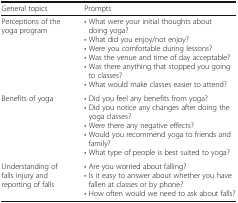
| General topics | Prompts |
 | --- | --- |
 | Perceptions of the yoga program | • What were your initial thoughts about doing yoga?• What did you enjoy/not enjoy?• Were you comfortable during lessons?• Was the venue and time of day acceptable?• Was there anything that stopped you going to classes?• What would make classes easier to attend? |
 | Benefits of yoga | • Did you feel any benefits from yoga?• Did you notice any changes after doing the yoga classes?• Were there any negative effects?• Would you recommend yoga to friends and family?• What type of people is best suited to yoga? |
 | Understanding of falls injury and reporting of falls | • Are you worried about falling?• Is it easy to answer about whether you have fallen at classes or by phone?• How often would we need to ask about falls? |